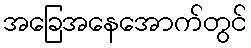
အခြေအနေအောက်တွင်